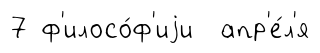
7 ф'илосо́ф'иjи апр'е́л'я